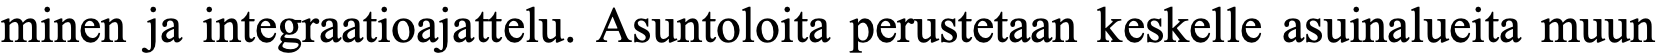
minen ja integraatioajattelu. Asuntoloita perustetaan keskelle asuinalueita muun